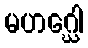
မဟဂ္ဃေါ